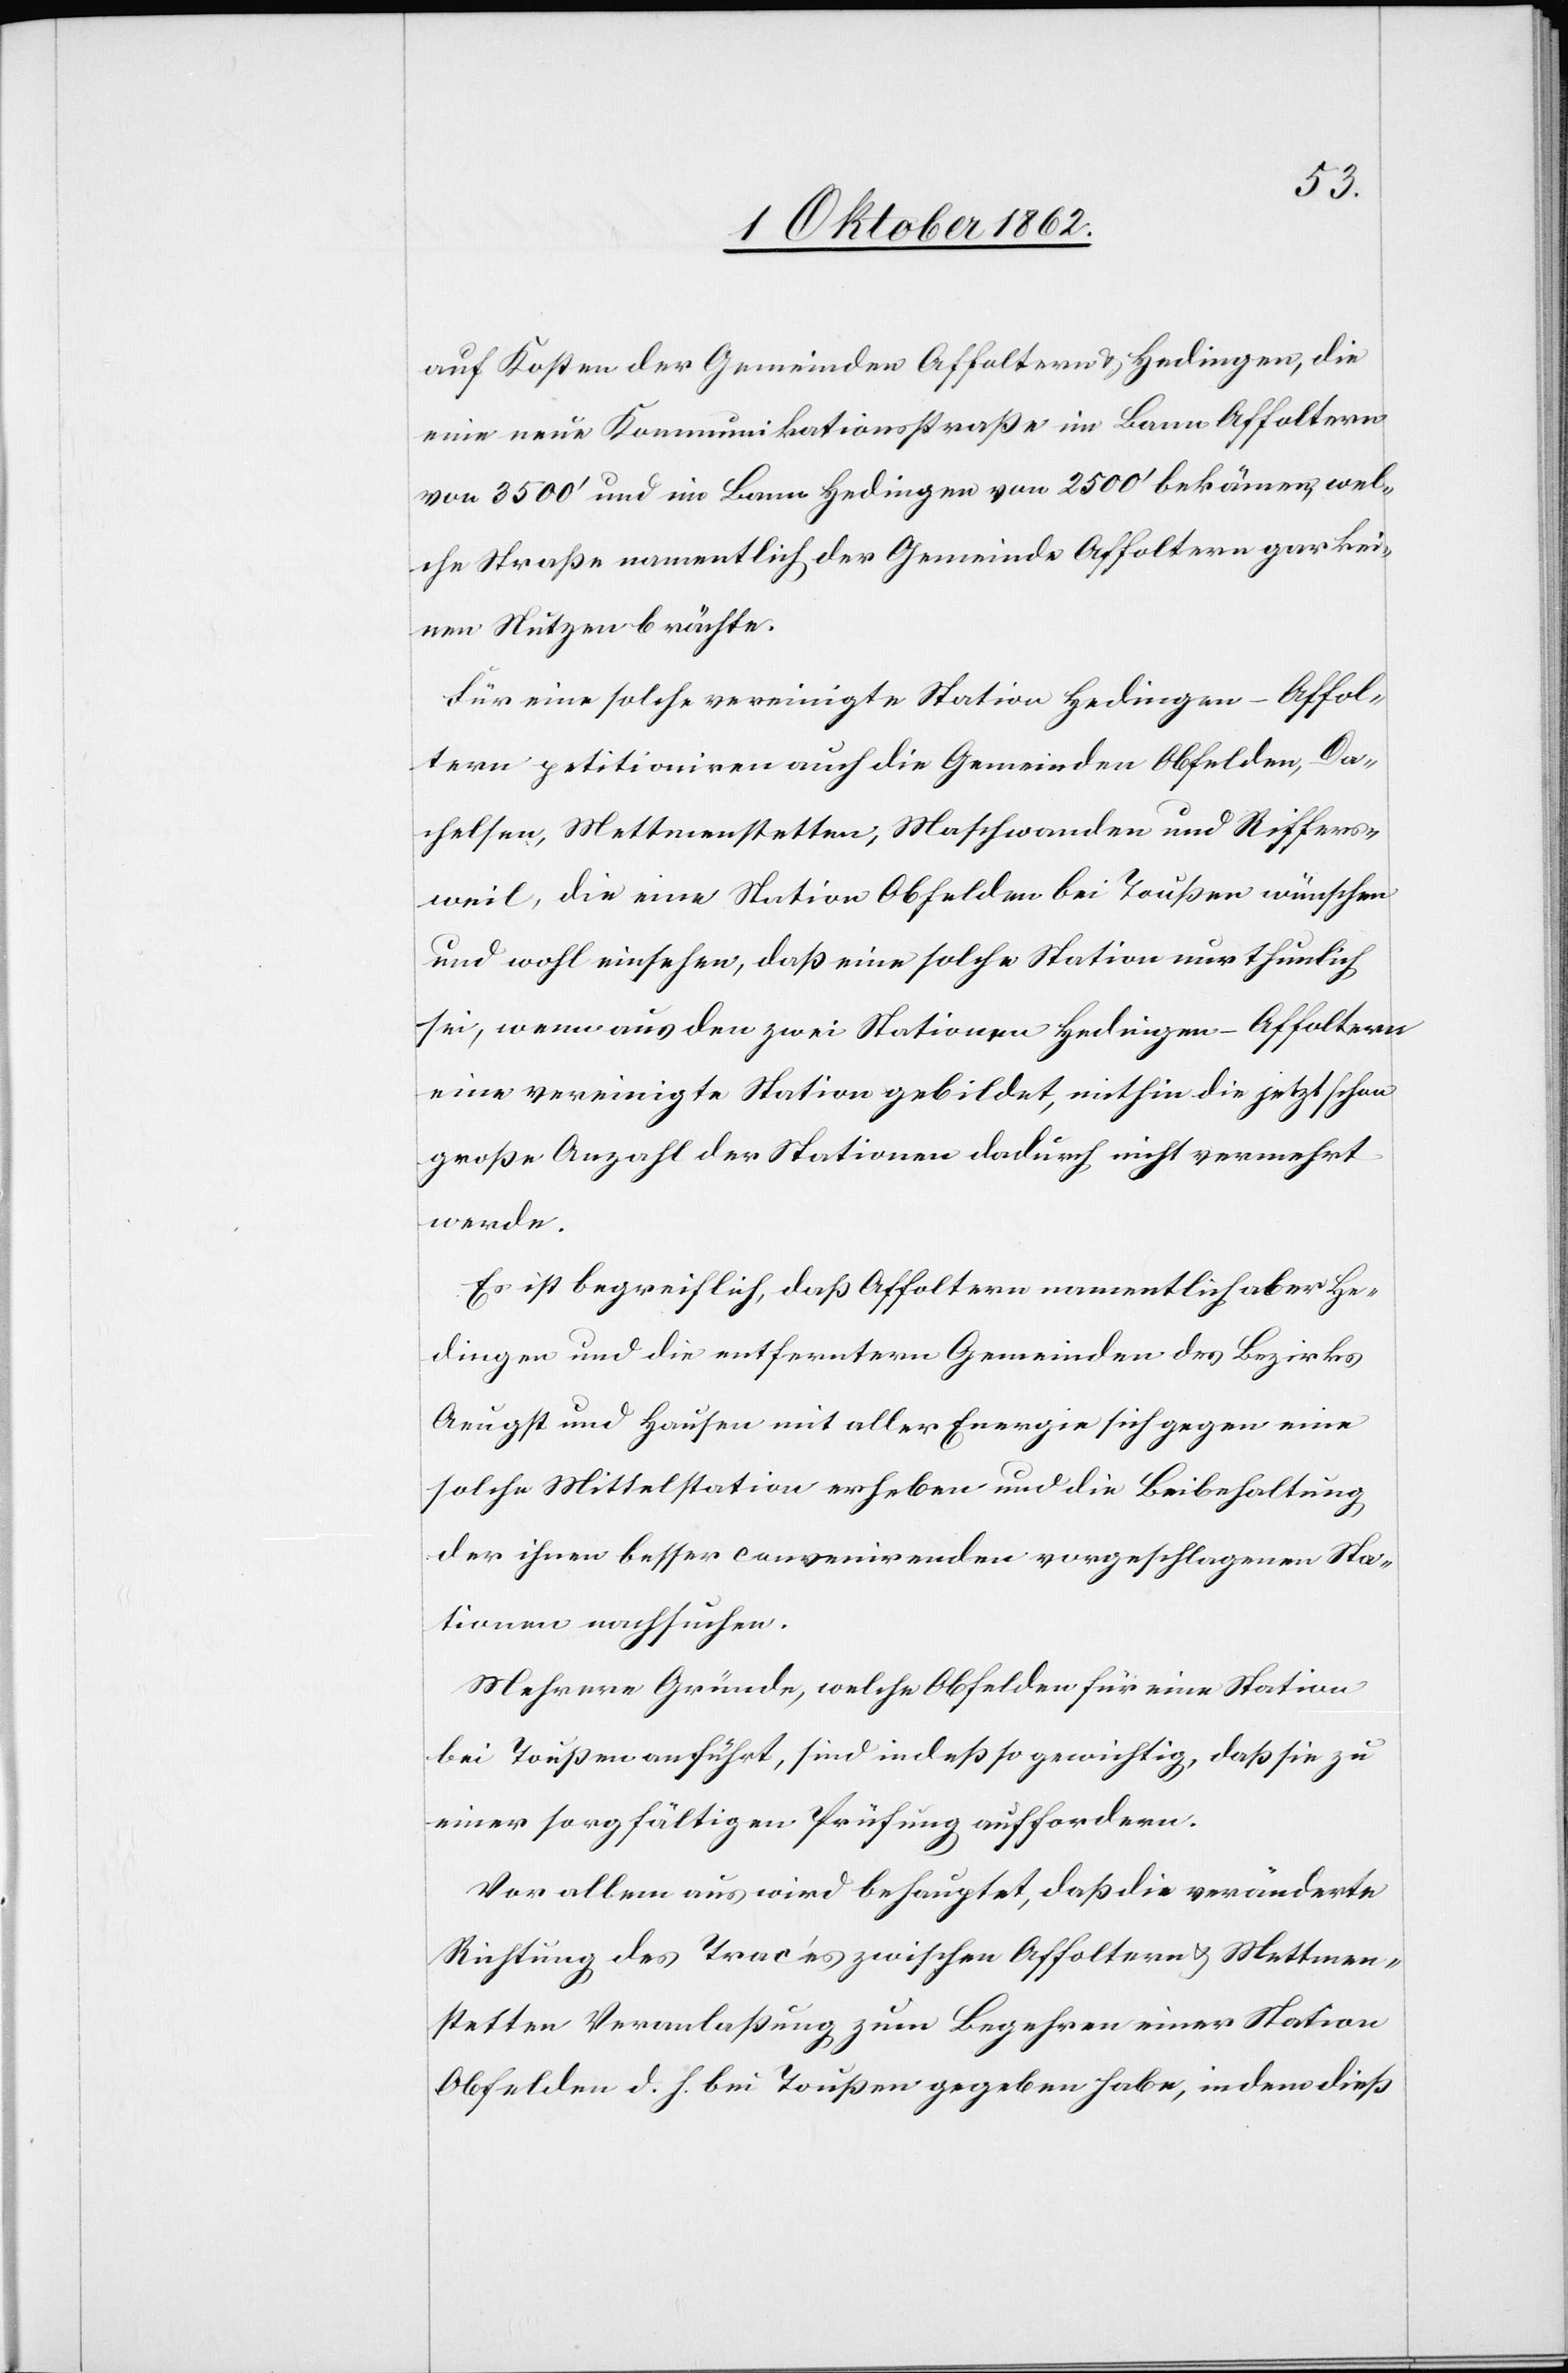
auf Kosten der Gemeinden Affoltern u. Hedingen, die
eine neue Kommunikationsstraße im Bann Affoltern
von 3500’ und im Bann Hedingen von 2500’ bekämen, wel¬
che Straße namentlich der Gemeinde Affoltern gar kei¬
nen Nutzen brächte.
Für eine solche vereinigte Station Hedingen-Affol¬
tern petitioniren auch die Gemeinden Obfelden, Da¬
chelsen, Mettmenstetten, Maschwanden und Riffers¬
weil, die eine Station Obfelden bei Toußen wünschen
und wohl einsehen, daß eine solche Station nur thunlich
sei, wenn aus den zwei Stationen Hedingen-Affoltern
eine vereinigte Station gebildet, mithin die jetzt schon
große Anzahl der Stationen dadurch nicht vermehrt
werde.
Es ist begreiflich, daß Affoltern namentlich aber He¬
dingen und die entferntern Gemeinden des Bezirks
Aeugst und Hausen mit aller Energie sich gegen eine
solche Mittelstation erheben und die Beibehaltung
der ihnen besser convenirenden vorgeschlagenen Sta¬
tionen nachsuchen.
Mehrere Gründe, welche Obfelden für eine Station
bei Toußen anführt, sind indeß so gewichtig, daß sie zu
einer sorgfältigen Prüfung auffordern.
Vor allem aus wird behauptet, daß die veränderte
Richtung des Tracés zwischen Affoltern u, Mettmen¬
stetten Veranlaßung zum Begehren einer Station
Obfelden d. h. bei Toußen gegeben habe, indem dieß